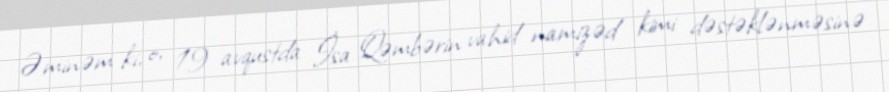
Əminəm ki, o, 19 avqustda İsa Qəmbərin vahid namizəd kimi dəstəklənməsinə